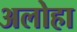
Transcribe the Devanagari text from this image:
अलोहा